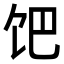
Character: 𩠀